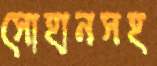
সোহানসহ